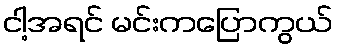
ငါ့အရင် မင်းကပြောကွယ်